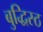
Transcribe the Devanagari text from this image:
बुद्धिस्ठ